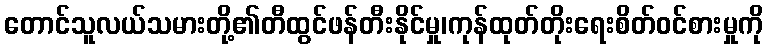
တောင်သူလယ်သမားတို့၏တီထွင်ဖန်တီးနိုင်မှု၊ကုန်ထုတ်တိုးရေးစိတ်ဝင်စားမှုကို